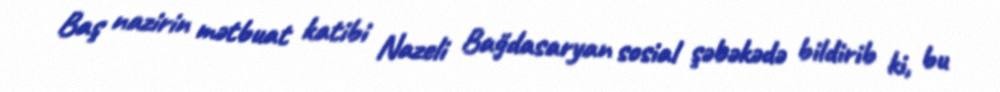
Baş nazirin mətbuat katibi Nazeli Bağdasaryan sosial şəbəkədə bildirib ki, bu